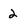
Character: 2